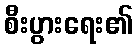
စီးပွားရေး၏